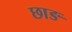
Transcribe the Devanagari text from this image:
छाङ